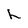
Character: h